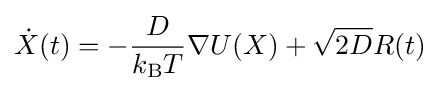
{\dot {X}}(t)=-{\frac {D}{k_{\text{B}}T}}\nabla U(X)+{\sqrt {2D}}R(t)